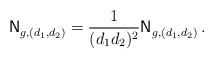
LaTeX: \begin{align*} \mathsf{N}^{}_{g,(d_1, d_2)} = \frac{1}{(d_1 d_2)^2} \mathsf{N}^{}_{g,(d_1, d_2)} \,. \end{align*}